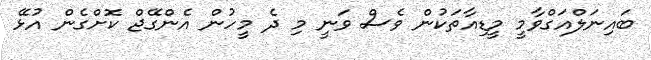
ބައިނަލްއަގްވާމީ މީޑިއާތަކުން ވެސް ވަނީ މި ދެ މީހުން އެންގޭޖް ކޮށްގެން އުޅޭ